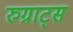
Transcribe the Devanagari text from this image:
रुग्राट्स